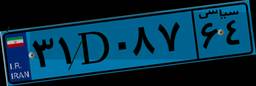
۳۱D۰۸۷۶۴